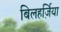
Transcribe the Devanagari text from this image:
बिलहर्ज़िया